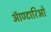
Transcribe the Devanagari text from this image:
ऑण्टारिओ